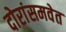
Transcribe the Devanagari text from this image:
दोरांसमवेत